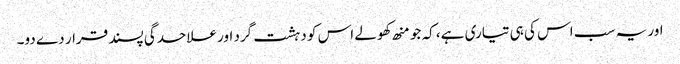
اور یہ سب اس کی ہی تیاری ہے، کہ جو منھ کھولے اس کو دہشت گرد اور علاحدگی پسند قرار دے دو۔